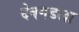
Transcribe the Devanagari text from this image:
देवगडला